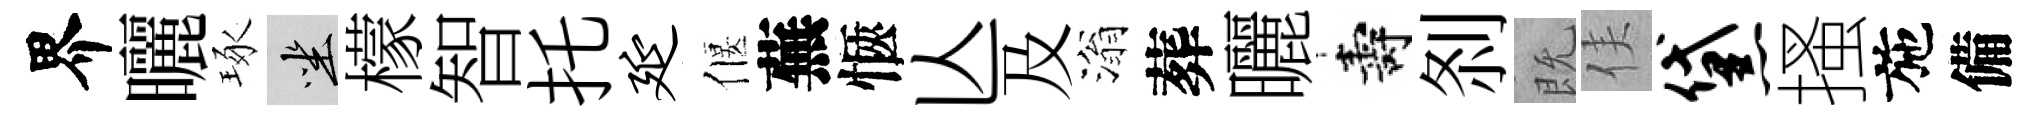
界曬琢坐檬智托延偃蕪愜亾及滃葬曬壽𠛴既侯黛搔施備